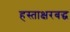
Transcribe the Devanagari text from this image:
हस्ताक्षरबद्ध